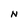
Character: N